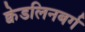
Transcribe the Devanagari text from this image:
क्वेडलिनबर्ग